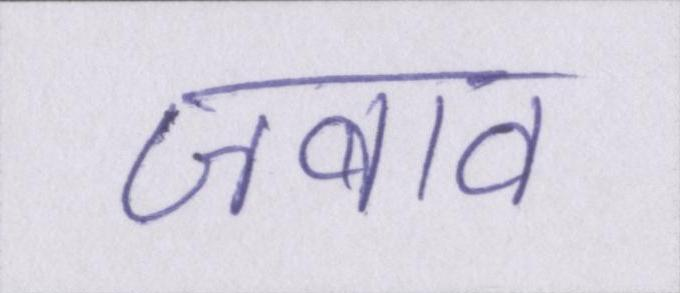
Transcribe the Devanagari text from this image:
जबाव